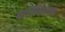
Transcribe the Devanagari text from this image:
बालिकापन